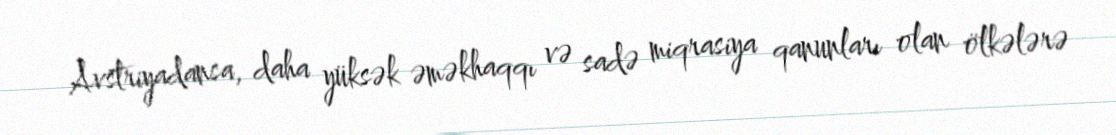
Avstriyadansa, daha yüksək əməkhaqqı və sadə miqrasiya qanunları olan ölkələrə